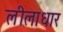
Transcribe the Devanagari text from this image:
लीलाधार